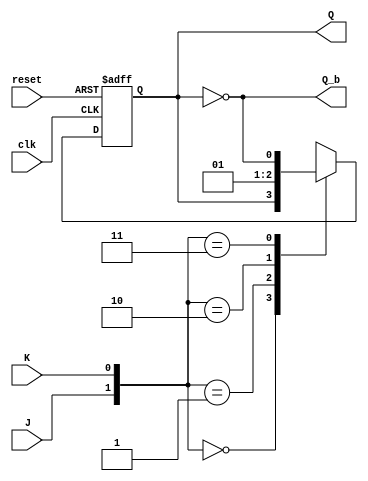
module JK_FF(Q,Q_b,J,K,clk,reset);
  output Q,Q_b;
  input J,K,clk,reset;
  reg Q;
  assign Q_b=~Q;
  always@(posedge clk or negedge reset)
  if(~reset)
    Q<=1'b0;
else
    case ({J,K})
      2'b00:Q<=Q;
      2'b01:Q<=1'b0;
      2'b10:Q<=1'b1;
      2'b11:Q<=~Q;  
  endcase
endmodule